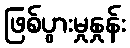
ဖြစ်ပွားမှုနှုန်း